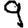
Digit: 9